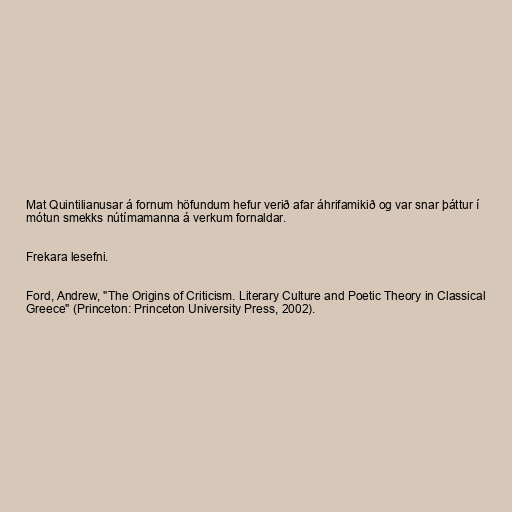
Mat Quintilianusar á fornum höfundum hefur verið afar áhrifamikið og var snar þáttur í
mótun smekks nútímamanna á verkum fornaldar.

Frekara lesefni.

Ford, Andrew, "The Origins of Criticism. Literary Culture and Poetic Theory in Classical
Greece" (Princeton: Princeton University Press, 2002).